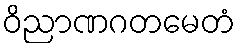
ဝိညာဏဂတမေတံ